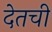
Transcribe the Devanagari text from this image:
देतची